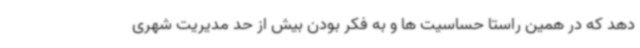
دهد که در همین راستا حساسیت ها و به فکر بودن بیش از حد مدیریت شهری